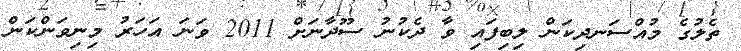
ތެލުގެ މުއްސަނދިކަން ލިބިފައި ވާ ދެކުނު ސޫދާނަށް 2011 ވަނަ އަހަރު މިނިވަންކަން